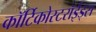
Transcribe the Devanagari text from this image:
कॉर्टिकोस्टरॉईड्स